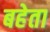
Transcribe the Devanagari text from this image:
बहेता